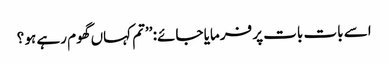
اسے بات بات پر فرمایا جائے: ’’تم کہاں گھوم رہے ہو ؟